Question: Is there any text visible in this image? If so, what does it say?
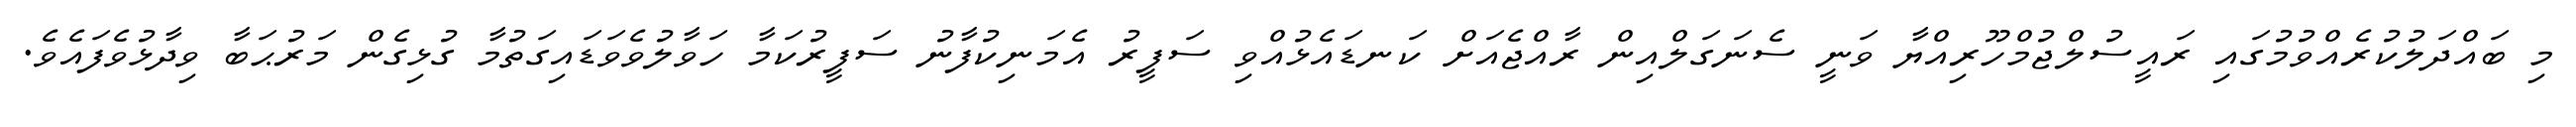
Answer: މި ބައްދަލުކުރެއްވުމުގައި ރައީސުލްޖުމްހޫރިއްޔާ ވަނީ ސެނަގަލްއިން ރާއްޖެއަށް ކަނޑައެޅުއްވި ސަފީރު އެމަނިކުފާނު ސަފީރުކަމާ ހަވާލުވެވަޑައިގަތުމާ ގުޅިގެން މަރުޙަބާ ވިދާޅުވެފައެވެ.